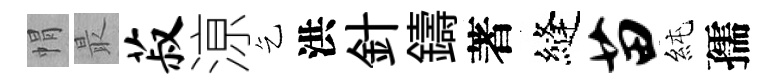
㡌最菽鿌乞洪針鑄著縫苗純孺